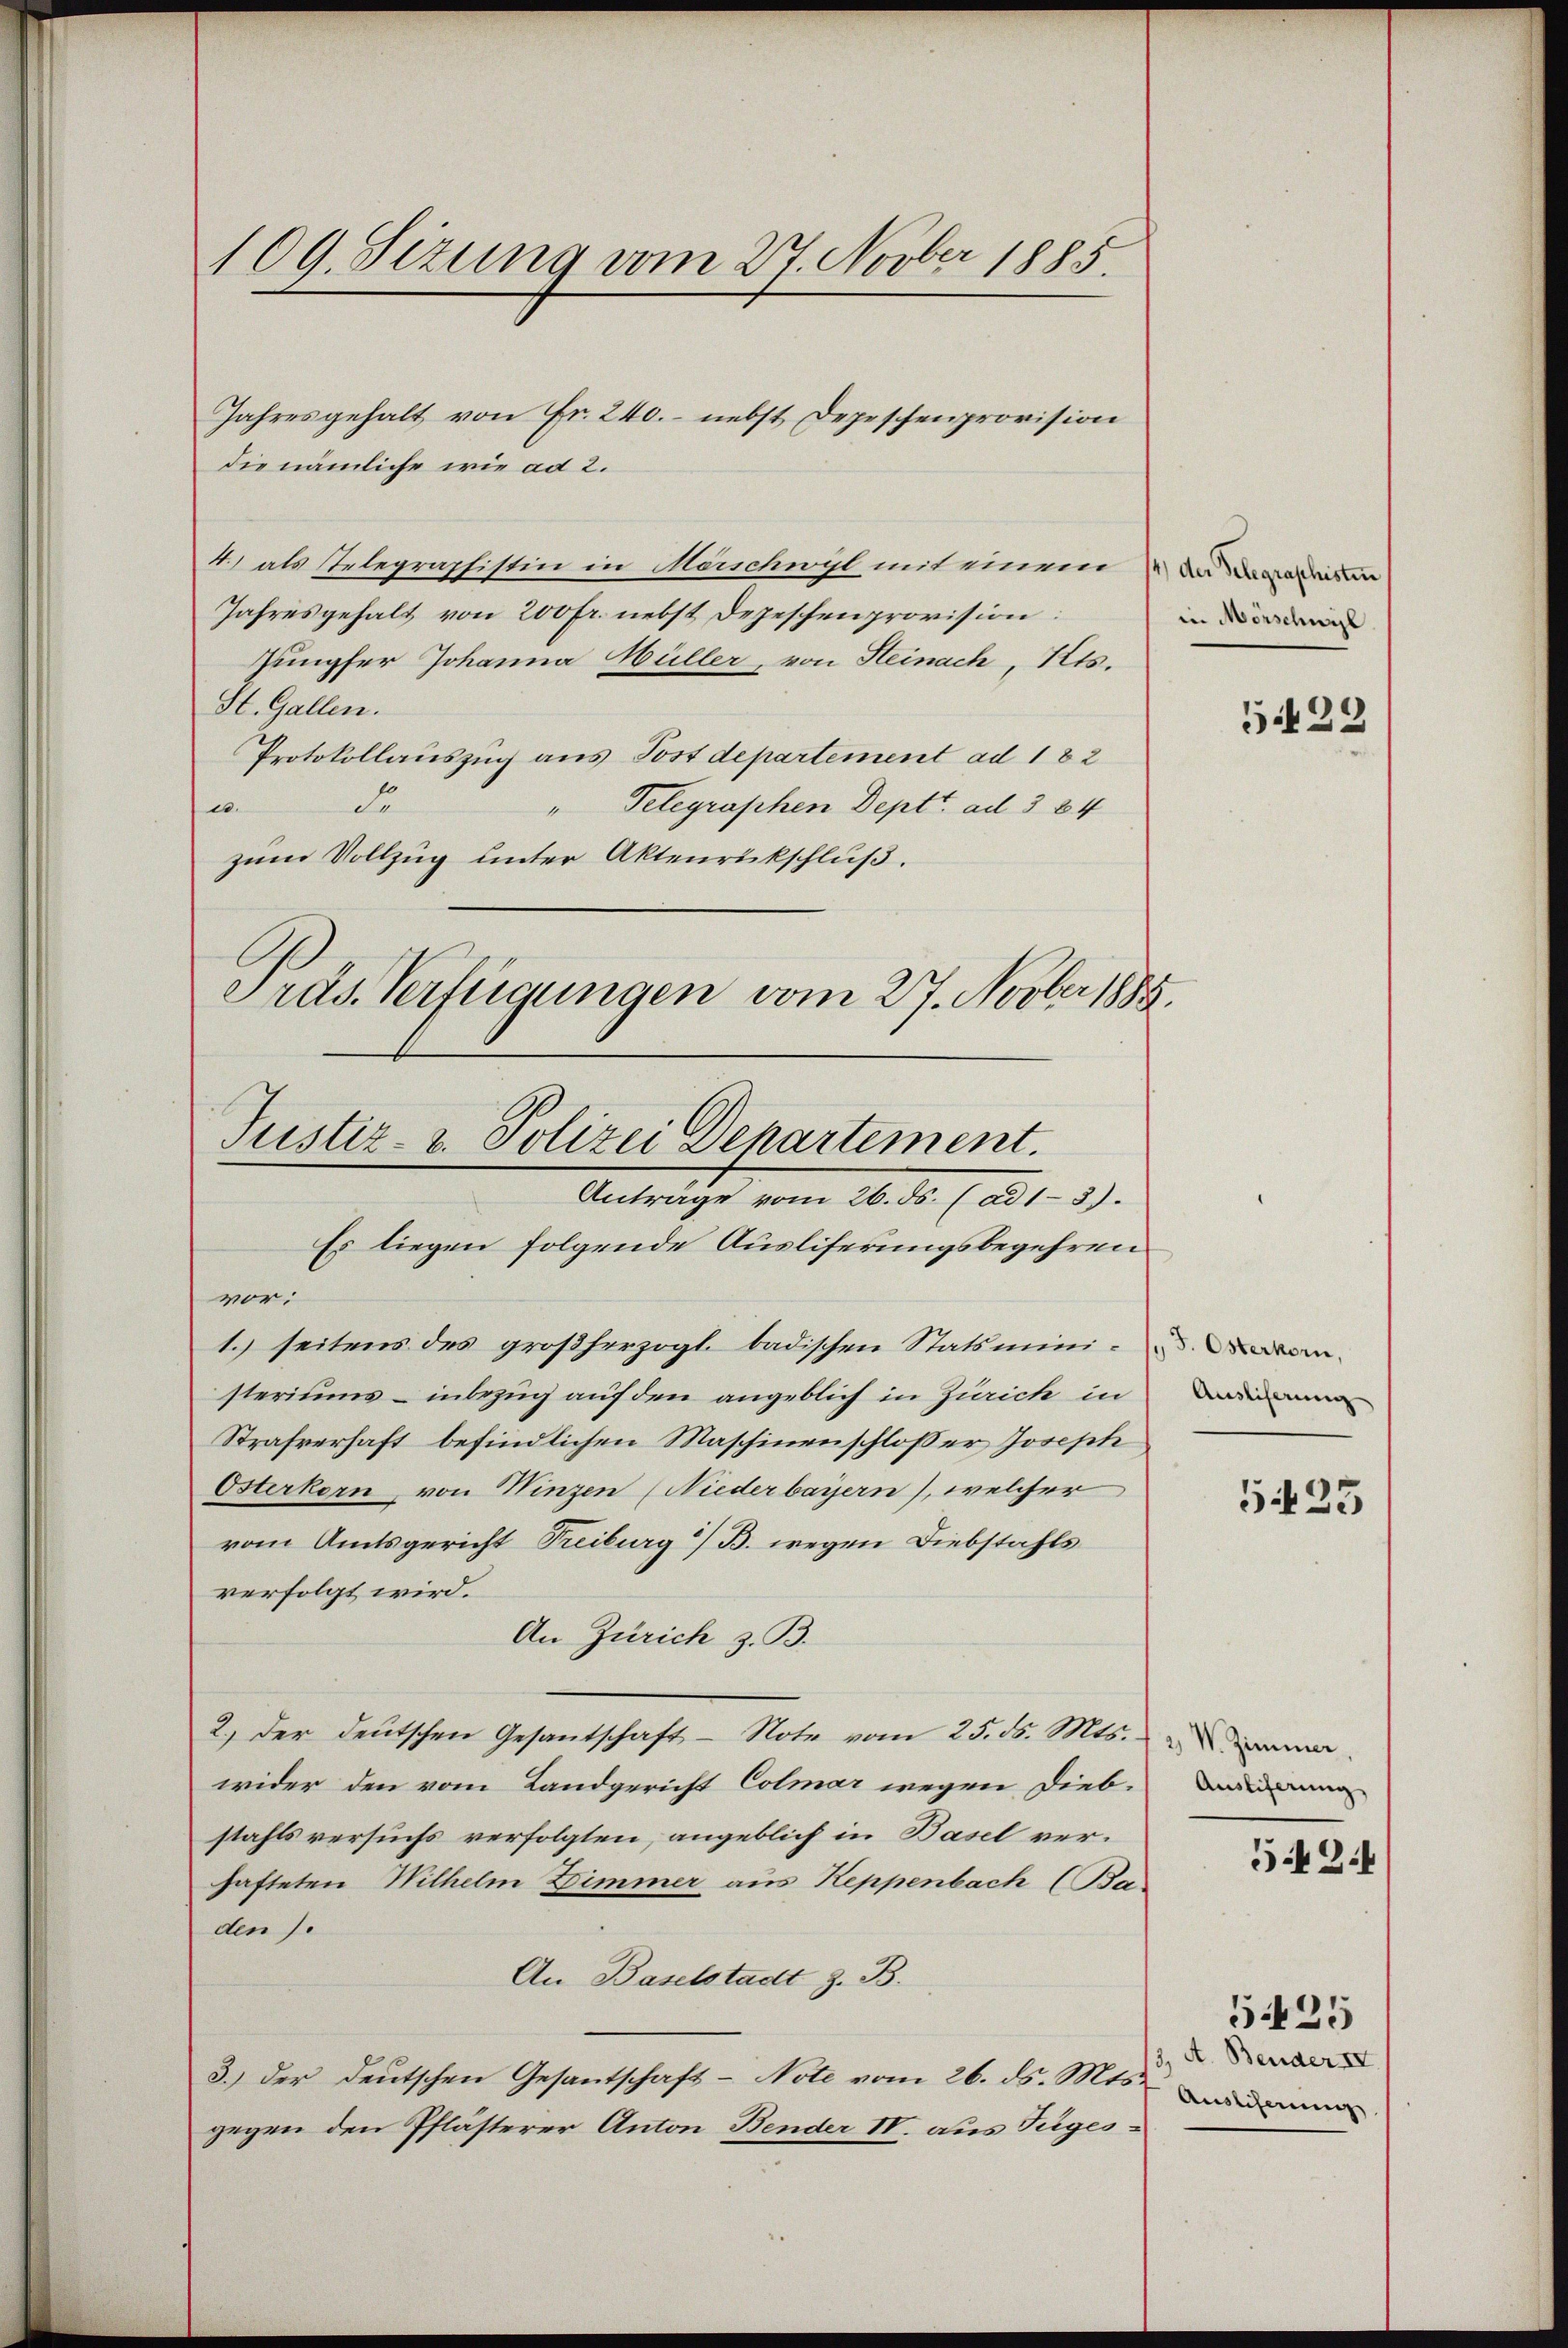
109. Sizung vom 27. Novber 1885.

die nämliche wie ad 2.
4) als Telegraphistin in Morschwyl mit einem anden
Jahresgehalt von 200 fr. nebst Depeschenprovision:
Jungfer Johanna Müller, von Heinach, Kts.
St. Gallen.
Protokollauszug aus Postdepartement ad 182
de
u.
Telegraphen Deptt. ad 3 84
i
zum Vollzug unter Aktenrickschluß.
Präs. Verfügungen vom 27. Novber 1885.

Jahresgehalt von Fr. 240. nebst Depeschenprovision

Justiz- u. Polizei Departement.
Anträge vom 26. ds. (ad1-3).
Es liegen folgende Auslieferungsbegehren
vor;

1. seitens des großherzogl. badischen Statsmini-
steriums – inbezug auf den angeblich in Zürich in
Strafverhaft befindlichen Maschinenschlosser Joseph
Osterkern, von Winzen (Niederbayern), welcher
vom Amtsgericht Treiburg) B. wegen Diebstahls
verfolgt wird.
An Zürich z. B.
2.) der deutschen Gesantschaft - Note vom 25. ds. Mts.
wider den vom Landgericht Colmar wegen Diebstahls versuchs verfolgten, angeblich in Basel verhafteten Wilhelm Zimmer aus Reppenbach (Baden).
An Baselstadt z. B.
3.) Der deutschen Gesantschaft - Note vom 26. ds. Mts.
gegen den Pflästerer Anton Bender IV. aus Tüges¬

in Mörschwyl

5422

Auslieferung

5425

2) S. Zimmer,
Ausliferung

5424

5425
2. A. Bender IV
Auslicherung